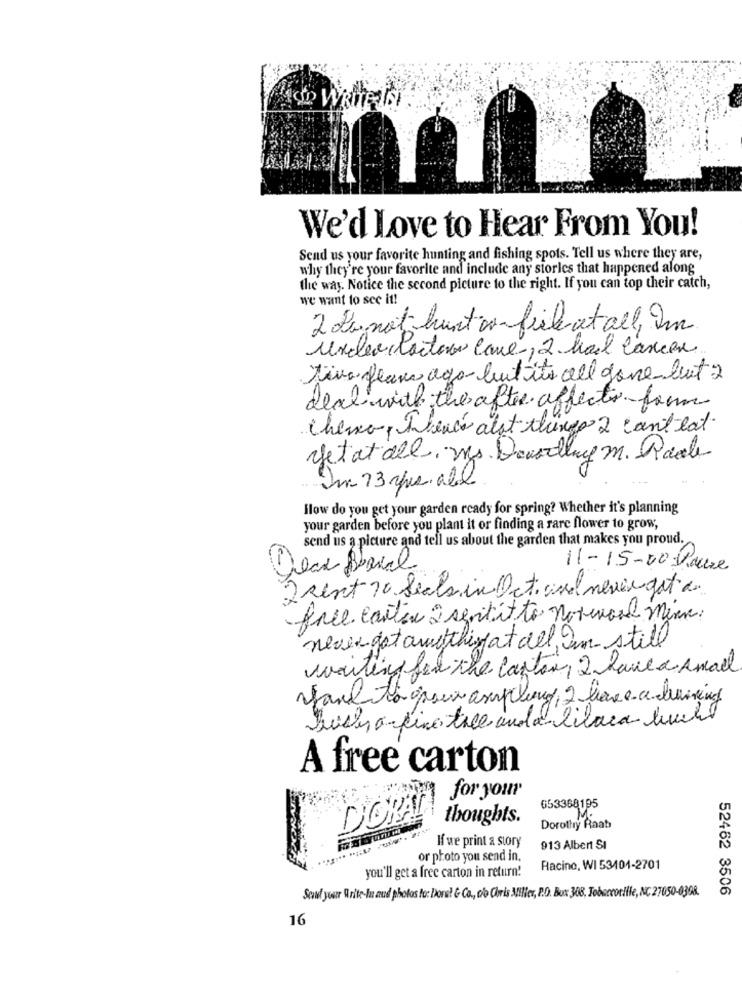
AO WRITEISI
We'd Love to Hear From You!
Send us your favorite hunting and fishing spots. Tell us where they are,
why they're your favorite and include any stories that happened along
the way. Notice the second picture to the right. If you can top their catch,
we want to see it!
2 Legnot hurt com fiel at all, Im
under factores came, 2. hart Cancer
Tiva years ago but its all gone but 2
deal with the after affects- form
chemo, there's alat things 2 canteat
yetat all. Ws. Doustlay m. Raole
flow do you get your garden ready for spring? Whether it's planning
your garden before you plant it or finding a rare flower to grow,
send us a picture and tell us about the garden that makes you proud.
11-15-20 Pouze
2 rent 10 Sechs in Oct one never got de
face carter 2 sentit to notevol Menu:
nevergotamothispatdel.Im
iam-still
waiting for the canton, I have a small
Such a fine tace anda lilaca lucht
A free carton
for your
653368195
DORA
thoughts.
Dorothy Raab
If we print a story
913 Albert SI
or photo you send in.
Racine, WI 53404-2701
you'll get a free carton in return!
Send your Write-In and photos to: Done? & Co ., co Chris Miller, P.O. Box 308, Tobaccoville, NC 27050-0308.
52462 3506
16